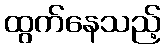
ထွက်နေသည့်